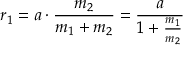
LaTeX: r _ { 1 } = a \cdot { \frac { m _ { 2 } } { m _ { 1 } + m _ { 2 } } } = { \frac { a } { 1 + { \frac { m _ { 1 } } { m _ { 2 } } } } }